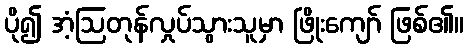
ပို၍ အံ့ဩတုန်လှုပ်သွားသူမှာ ဖြိုးကျော် ဖြစ်၏။